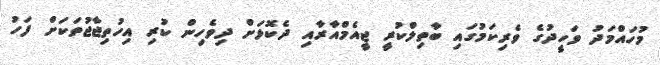
މުހައްމަދު ވަހީދުގެ ވެރިކަމުގައި ބާތިލްކުރީ ޖީއެމްއާރާއި ދެކޮޅަށް ދިވެހިން ކުރި އިހުތިޖާޖުތަކަށް ފަހު